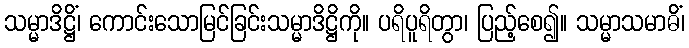
သမ္မာဒိဋ္ဌိံ၊ ကောင်းသောမြင်ခြင်းသမ္မာဒိဋ္ဌိကို။ ပရိပူရိတွာ၊ ပြည့်စေ၍။ သမ္မာသမာဓိံ၊